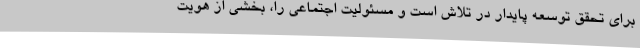
برای تحقق توسعه پایدار در تلاش است و مسئولیت اجتماعی را، بخشی از هویت